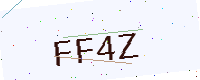
Text: FF4Z